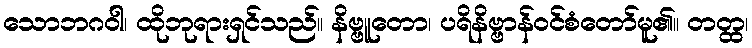
သောဘဂဝါ၊ ထိုဘုရားရှင်သည်။ နိဗ္ဗူတော၊ ပရိနိဗ္ဗာန်ဝင်စံတော်မူ၏။ တတ္ထ၊